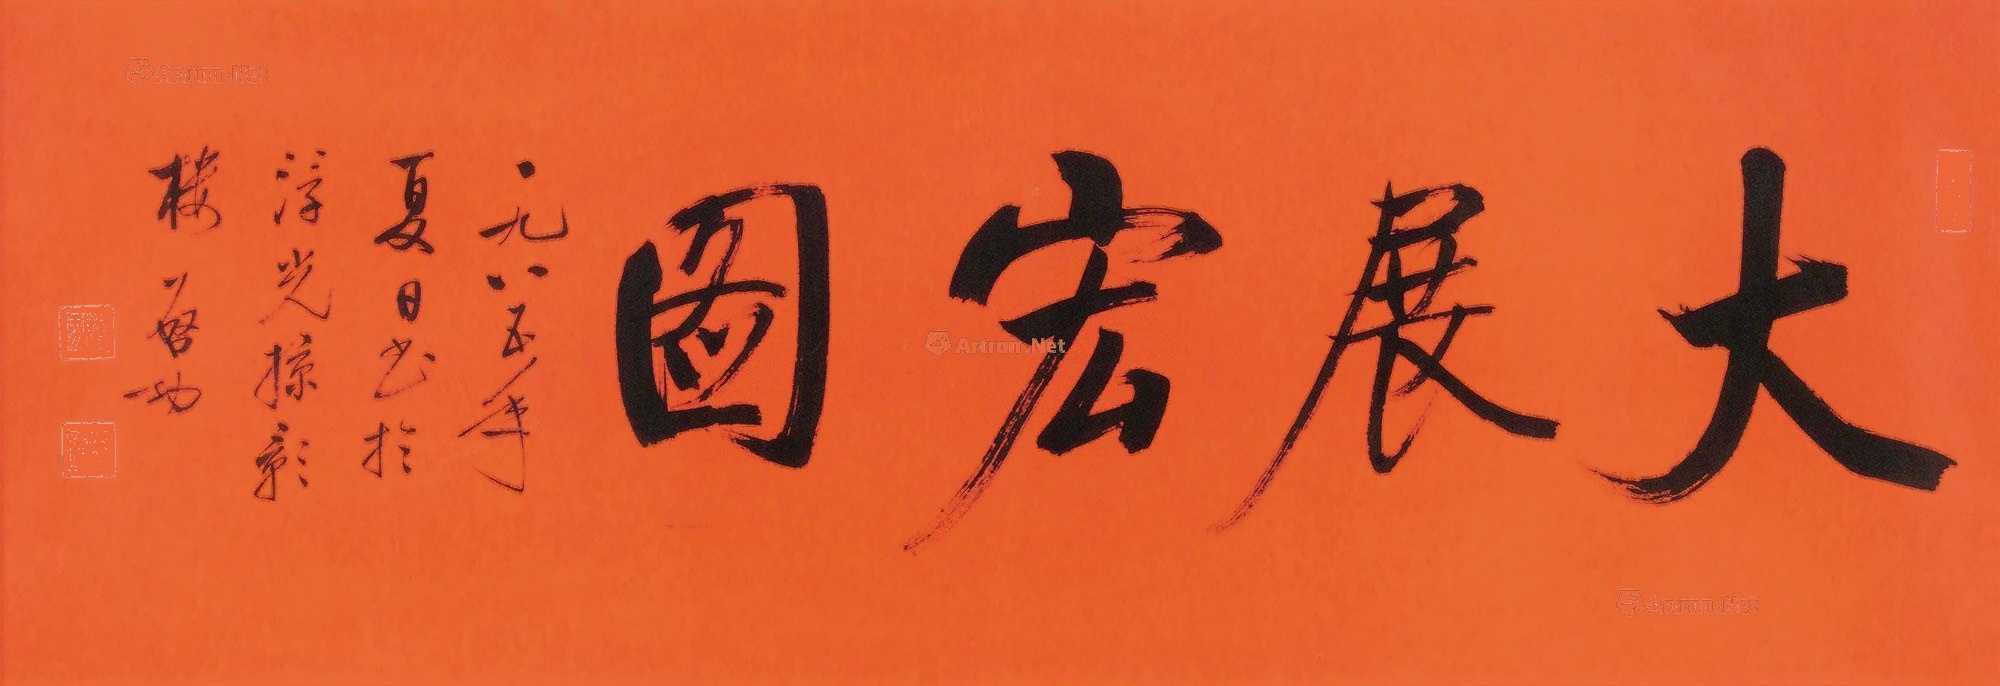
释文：大展宏图一九八五年夏日书于浮光掠影楼，启功。